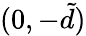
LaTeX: (0,-\tilde{d})